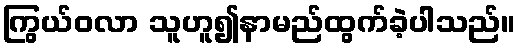
ကြွယ်ဝလာ သူဟူ၍နာမည်ထွက်ခဲ့ပါသည်။